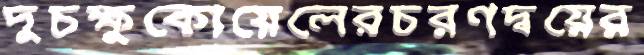
দুচক্ষুকোয়েলেরচরণদ্বয়ের